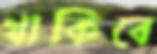
থাকিবে